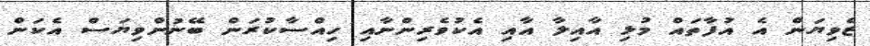
ޒެވިޔަން އެ އުފާތައް މުޅި އާއިލާ އާއި އެކުވެރިންނާއި ހިއްސާކުރަން ބޭނުންވިޔަސް އެކަން